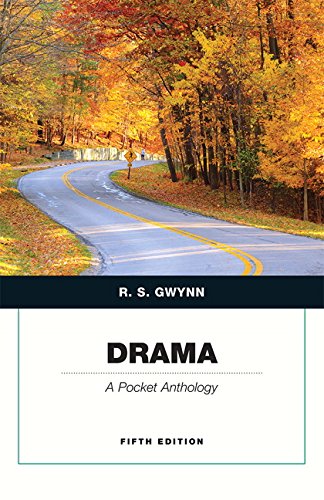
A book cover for Drama: A Pocket Anthology (Penguin Academics Series) (5th Edition); R. S. Gwynn; Literature & Fiction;